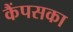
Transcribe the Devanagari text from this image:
कैंपसका